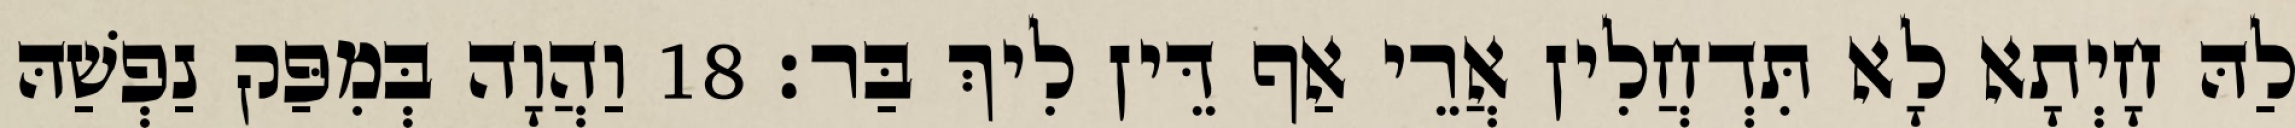
לַהּ חָיְתָא לָא תִּדְחֲלִין אֲרֵי אַף דֵּין לִיךְ בַּר׃ 18 וַהֲוָה בְּמִפַּק נַפְשַׁהּ